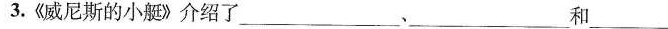
3.《威尼斯的小艇》介绍了___、___和___